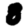
Digit: 8